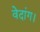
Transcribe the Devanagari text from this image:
वेदांग।